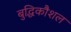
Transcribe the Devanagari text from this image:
बुद्धिकौशल